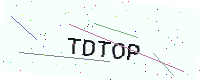
Text: TDTOP